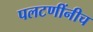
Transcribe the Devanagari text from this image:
पलटणींनीच